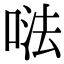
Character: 𠵽